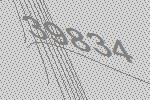
39834